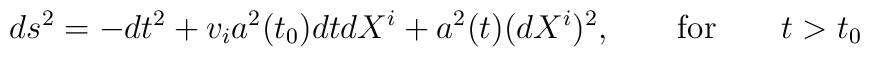
ds^2=-dt^2 + v_ia^2(t_0)dtdX^i + a^2(t)(dX^i)^2, \qquad {\rm for} \qquad t > t_0